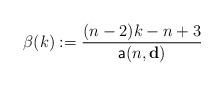
LaTeX: \begin{align*}\beta(k):=\frac{(n-2)k-n+3}{\mathsf{a}(n,\mathbf{d})}\end{align*}